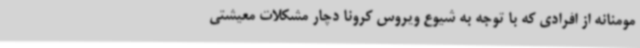
مومنانه از افرادی که با توجه به شیوع ویروس کرونا دچار مشکلات معیشتی